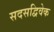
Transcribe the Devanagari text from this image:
सदसद्विवेक